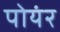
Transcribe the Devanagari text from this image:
पोयंर